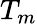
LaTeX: T_{m}